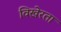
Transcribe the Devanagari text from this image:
विखेरता